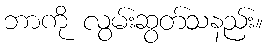
ဘာကို လွမ်းဆွတ်သနည်း။